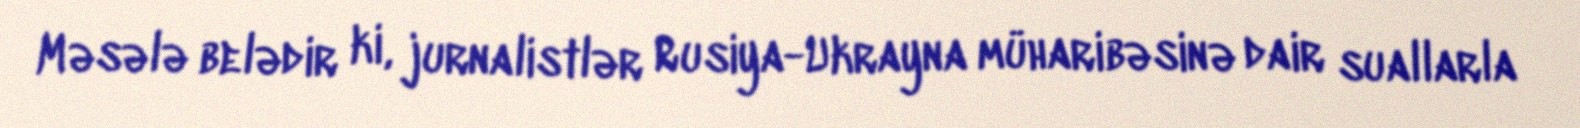
Məsələ belədir ki, jurnalistlər Rusiya-Ukrayna müharibəsinə dair suallarla